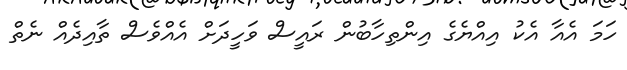
ހަމަ އެއާ އެކު އިއްޔެގެ އިންތިހާބުން ރައީސް ވަހީދަށް އެއްވެސް ތާއިދެއް ނެތް